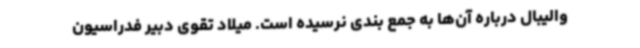
والیبال درباره آن‌ها به جمع بندی نرسیده است. میلاد تقوی دبیر فدراسیون